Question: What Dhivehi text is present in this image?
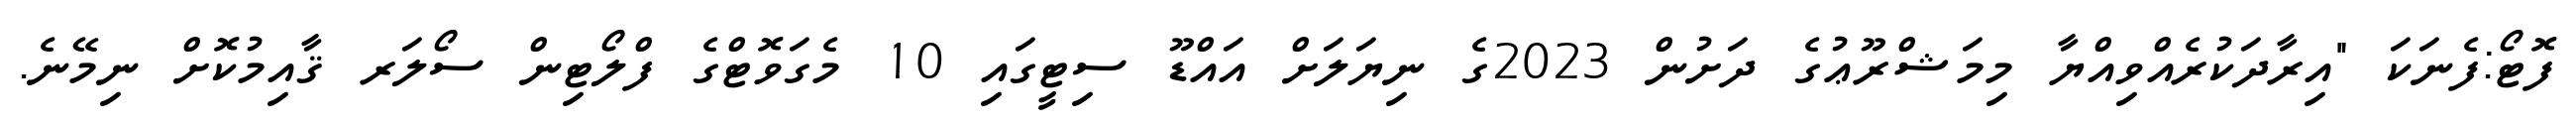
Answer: ފޮޓޯ:ފެނަކަ "އިރާދަކުރެއްވިއްޔާ މިމަޝްރޫޢުގެ ދަށުން 2023ގެ ނިޔަލަށް އައްޑޫ ސިޓީގައި 10 މެގަވޮޓްގެ ފްލޯޓިން ސޯލަރ ޤާއިމުކޮށް ނިމޭނެ.